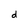
Character: d